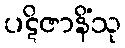
ပဋိဇာနိံသု